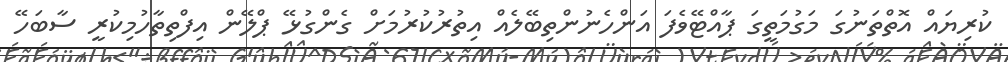
ކުރިޔައް އޮތްތަނުގަ މަގުމަތީގަ ޕާއްޓޭވެފަ އަންހެނުންތިބޭލެއް އިތުރުކުރުމަށް ގެންގުޅޭ ޕްލޭން އިފްތިތާހުމިކުރީ ސާބަހޭ